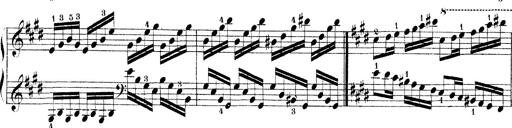
Title: Technische Studien
Composer: Franz Liszt